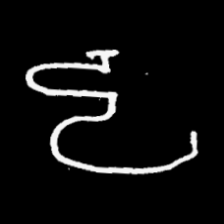
Pyu character \u2014 Myanmar letter: ဠ (romanized: lla)